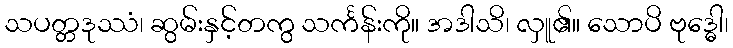
သပတ္တဒုဿံ၊ ဆွမ်းနှင့်တကွ သင်္ကန်းကို။ အဒါသိ၊ လှူ၏။ သောပိ ဗုဒ္ဓေါ၊